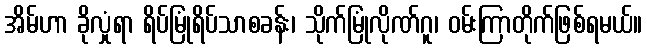
အိမ်ဟာ ခိုလှုံရာ ရိပ်မြုံရိပ်သာစခန်း၊ သိုက်မြုံလိုဏ်ဂူ၊ ဝမ်းကြာတိုက်ဖြစ်ရမယ်။